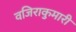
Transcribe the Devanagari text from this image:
वजिराकुमारी